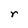
Character: r